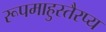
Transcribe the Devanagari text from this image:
रूपमाहुस्तैरप्य